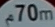
70m